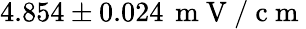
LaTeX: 4.854\pm 0.024\, \mathrm{~m~V~/~c~m~}